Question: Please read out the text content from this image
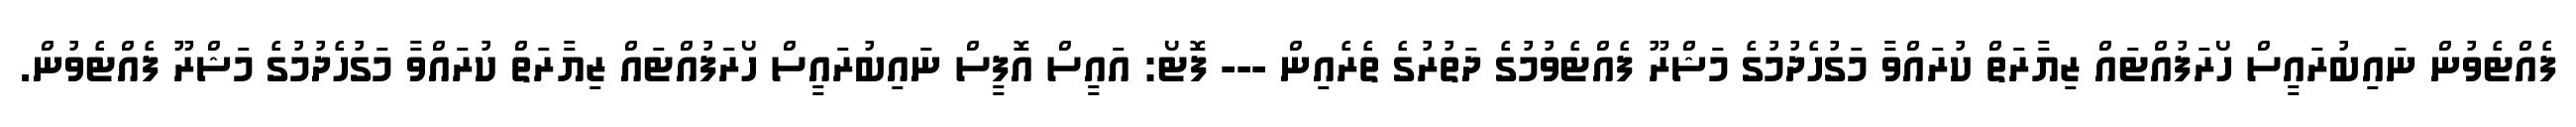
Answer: ފެއްޓެވުން ނައިބުރައީސް ހޯރަފުއްޓައް ޒިޔާރަތް ކުރައްވާ މަގުހެދުމުގެ މަޝްރޫ ފެއްޓެވުމުގެ ދަތުރުގެ ތެރެއިން --- ފޮޓޯ: އައީސް އޮފީސް ނައިބުރައީސް ހޯރަފުއްޓައް ޒިޔާރަތް ކުރައްވާ މަގުހެދުމުގެ މަޝްރޫ ފެއްޓެވުން.